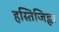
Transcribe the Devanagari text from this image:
हस्तिजिह्वा